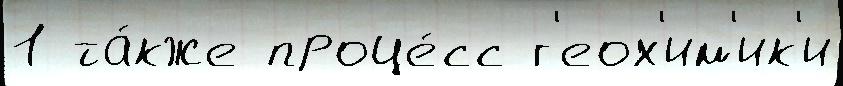
1 та́кже проце́сс г'еох'им'ик'и